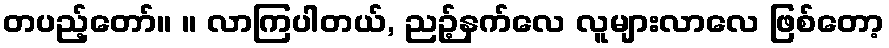
တပည့်တော်။ ။ လာကြပါတယ်, ညဉ့်နက်လေ လူများလာလေ ဖြစ်တော့